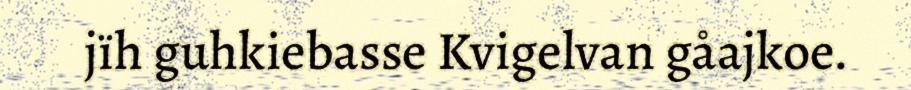
jïh guhkiebasse Kvigelvan gåajkoe.